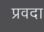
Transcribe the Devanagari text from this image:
प्रवदा